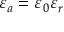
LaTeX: \varepsilon _ { a } = \varepsilon _ { 0 } \varepsilon _ { r }